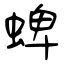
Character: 蜱